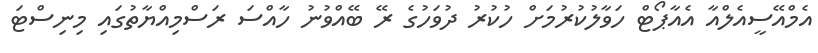
އެމްއޭސީއެލްއާ އެއާޕޯޓް ހަވާލުކުރުމަށް ހުކުރު ދުވަހުގެ ރޭ ބޭއްވުނު ހާއްސަ ރަސްމިއްޔާތުގައި މިނިސްޓަ